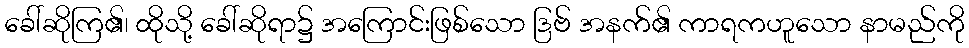
ခေါ်ဆိုကြ၏၊ ထိုသို့ ခေါ်ဆိုရာ၌ အကြောင်းဖြစ်သော ဒြဗ် အနက်၏ ကာရကဟူသော နာမည်ကို